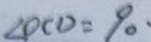
\angle D C D = 9 0 ^ { \circ }